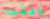
وافقنا